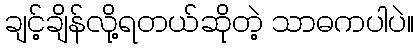
ချင့်ချိန်လို့ရတယ်ဆိုတဲ့ သာဓကပါပဲ။